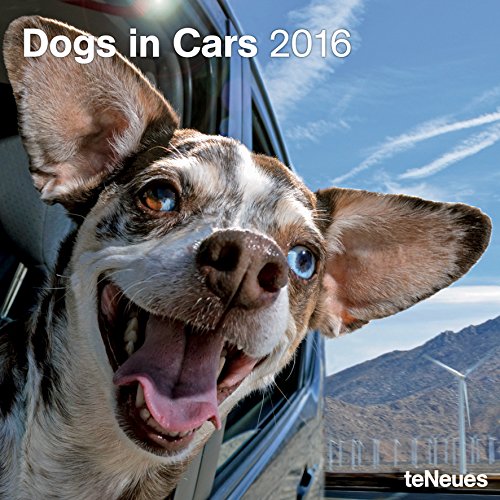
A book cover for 2016 Dogs in Cars Wall Calendar; Calendars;